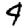
Digit: 4